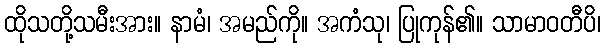
ထိုသတို့သမီးအား။ နာမံ၊ အမည်ကို။ အကံသု၊ ပြုကုန်၏။ သာမာဝတီပိ၊